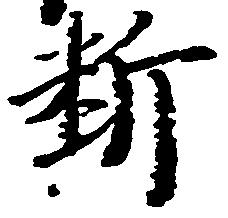
料